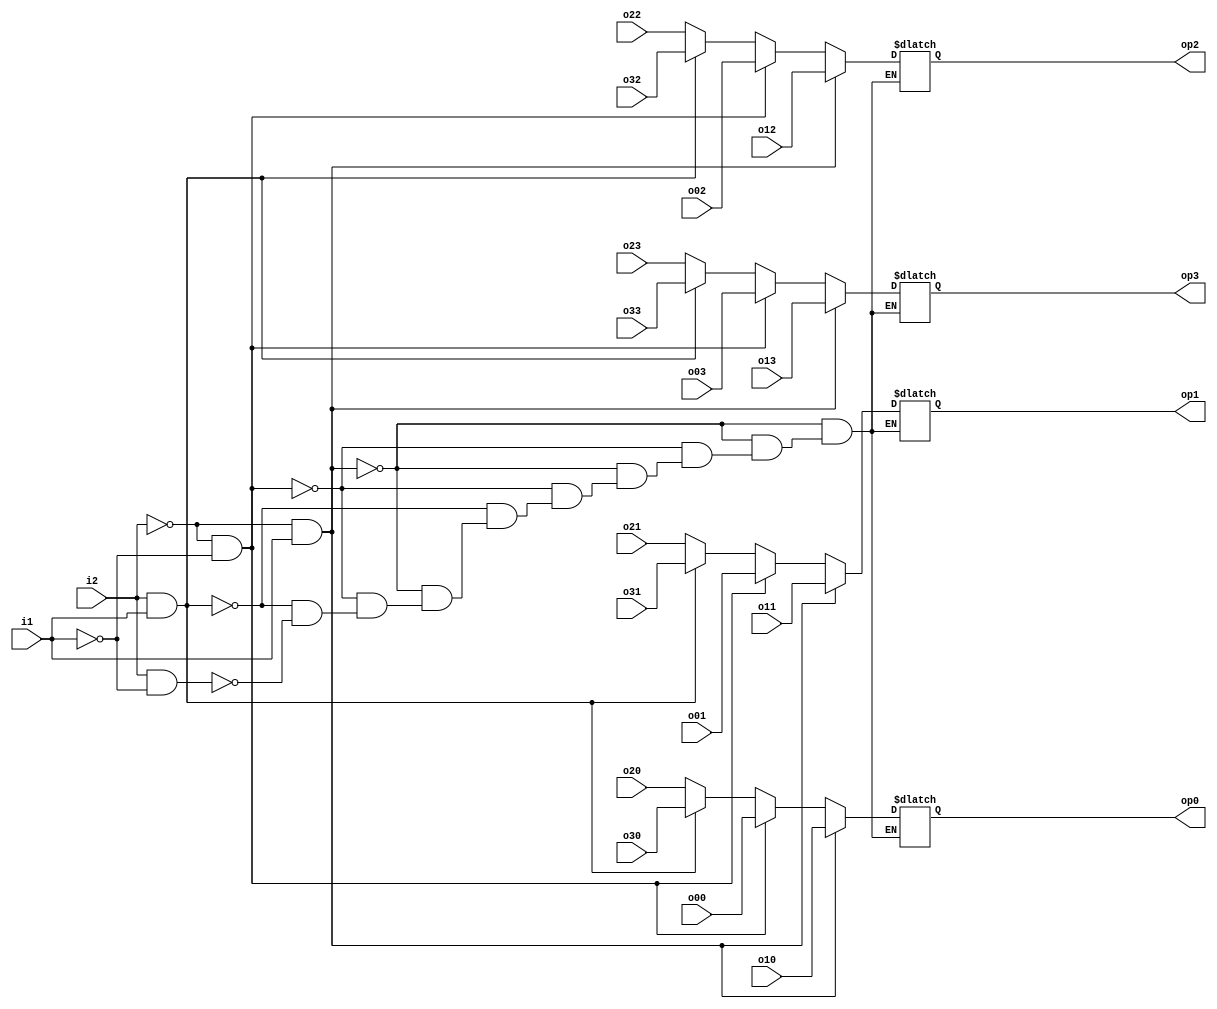
module mux4_4(i1,i2,o00,o01,o02,o03,o10,o11,o12,o13,o20,o21,o22,o23,o30,o31,o32,o33,op0,op1,op2,op3);
input  o00,o01,o02,o03,o10,o11,o12,o13,o20,o21,o22,o23,o30,o31,o32,o33;
input i1,i2;
output reg op0,op1,op2,op3;
always@(*)
begin
if(~i2&i1)
begin
op0=o10;
op1=o11;
op2=o12;
op3=o13;
end
else if(~i2&~i1)
begin
op0=o00;
op1=o01;
op2=o02;
op3=o03;
end
else if(i2&i1)
begin
op0=o30;
op1=o31;
op2=o32;
op3=o33;
end
else if(i2&~i1)
begin
op0=o20;
op1=o21;
op2=o22;
op3=o23;
end
end
endmodule